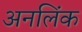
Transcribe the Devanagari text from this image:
अनलिंक